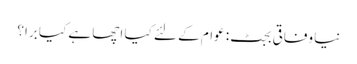
نیا وفاقی بجٹ: عوام کے لئے کیا اچھا ہے کیا برا؟